Vaccination North-Western Provinces and Oudh 1896-1901 - 1896-1901
Year: 1896
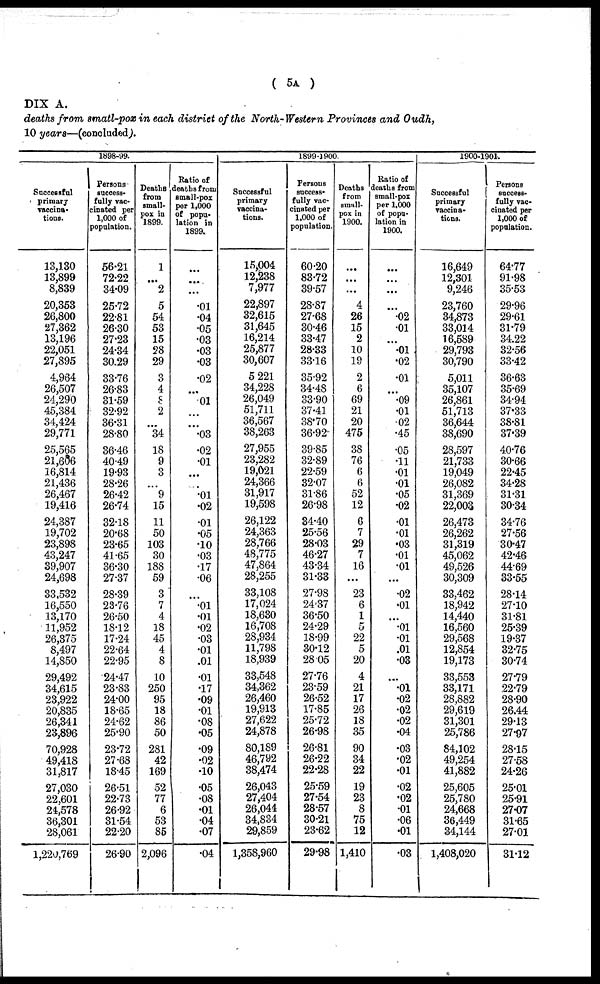
( 5A )
DIX A.
deaths from small-pox in each district of the North-Western Provinces and Oudh,
10 years—(concluded).
1898-99.
Successful
primary
vaccina-
tions.
13,130
13,899
8,839
20,353
26,800
27,362
13,196
22,051
27,895
4,964
26,507
24,290
45,384
34,424
29,771
25,565
21,606
16,814
21,436
26,467
19,416
24,387
19,702
23,898
43,247
39,907
24,698
33,532
16,550
13,170
11,952
26,375
8,497
14,850
29,492
34,615
23,922
20,835
26,341
23,896
70,928
49,418
31,817
27,030
22,601
24,578
36,301
28,061
1,220,769
Persons
success-
fully vac¬
cinated per
1,000 of
population.
56.21
72.22
34.09
25.72
22.81
26.30
27.23
24.34
30.29
33.76
26.83
31.59
32.92
36.31
28.80
36.46
40.49
19.93
28.26
26.42
26.74
32.18
20.68
23.65
41.65
36.30
27.37
28.39
23.76
26.50
18.12
17.24
22.64
22.95
24.47
23.83
24.00
18.65
24.62
25.90
23.72
27.68
18.45
26.51
22.73
26.92
31.54
22.20
26.90
Deaths
from
small-
pox in
1899.
1
...
2
5
54
53
15
28
29
3
4
8
2
...
34
18
9
3
...
9
15
11
50
103
30
188
59
3
7
4
18
45
4
8
10
250
95
18
86
50
281
42
169
52
77
6
53
85
2,096
Ratio of
deaths from
small-pox
per 1,000
of popu-
lation in
1899.
...
...
...
.01
.04
.05
.03
.03
.03
.02
...
.01
...
...
.03
.02
.01
...
...
.01
.02
.01
.05
.10
.03
.17
.06
...
.01
.01
.02
.03
.01
.01
.01
.17
.09
.01
.08
.05
.09
.02
.10
.05
.08
.01
.04
.07
.04
1899-1900.
Successful
primary
vaccina-
tions.
15,004
12,238
7,977
22,897
32,615
31,645
16,214
25,877
30,607
5,221
34,228
26,049
51,711
36,567
38,263
27,955
23,282
19,021
24,366
31,917
19,598
26,122
24,363
28,766
48,775
47,864
28,255
33,108
17,024
18,630
16,708
28,934
11,798
18,939
33,548
34,362
26,460
19,913
27,622
24,878
80,189
46,792
38,474
26,043
27,404
26,044
34,834
29,859
1,358,960
Persons
success-
fully vac-
cinated per
1,000 of
population.
60.20
83.72
39.57
28.87
27.68
30.46
33.47
28.33
33.16
35.92
34.48
33.90
37.41
38.70
36.92
39.85
32.89
22.59
32.07
31.86
26.98
34.40
25.56
28.03
46.27
43.34
31.33
27.98
24.37
36.50
24.29
18.99
30.12
28.05
27.76
23.59
26.52
17.85
25.72
26.98
26.81
26.22
22.28
25.59
27.54
28.57
30.21
23.62
29.98
Deaths
from
small-
pox in
1900.
...
...
...
4
26
15
2
10
19
2
6
69
21
20
475
38
76
6
6
52
12
6
7
29
7
16
...
23
6
1
5
22
5
20
4
21
17
26
18
35
90
34
22
19
23
8
75
12
1,410
Ratio of
deaths from
small-pox
per 1,000
of popu-
lation in
1900.
...
...
...
...
.02
.01
...
.01
.02
.01
...
.09
.01
.02
.45
.05
.11
.01
.01
.05
.02
.01
.01
.03
.01
.01
...
.02
.01
...
.01
.01
.01
.03
...
.01
.02
.02
.02
.04
.03
.02
.01
.02
.02
.01
.06
.01
.03
1900-1901.
Successful
primary
vaccina-
tions.
16,649
12,301
9,246
23,760
34,873
33,014
16,589
29,793
30,790
5,011
35,107
26,861
51,713
36,644
38,690
28,597
21,733
19,049
26,082
31,369
22,003
26,473
26,262
31,319
45,062
49,526
30,309
33,462
18,942
14,440
16,560
29,568
12,854
19,173
33,553
33,171
28,882
29,619
31,301
25,786
84,102
49,254
41,882
25,605
25,780
24,668
36,449
34,144
1,408,020
Persons
success-
fully vac-
cinated per
1,000 of
population.
64.77
91.98
35.53
29.96
29.61
31.79
34.22
32.56
33.42
36.63
35.69
34.94
37.33
38.81
37.39
40.76
30.66
22.45
34.28
31.31
30.34
34.76
27.56
30.47
42.46
44.69
33.55
28.14
27.10
31.81
25.39
19.37
32.75
30.74
27.79
22.79
28.90
26.44
29.13
27.97
28.15
27.58
24.26
25.01
25.91
27.07
31.65
27.01
31.12